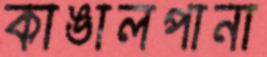
কাঙালপানা